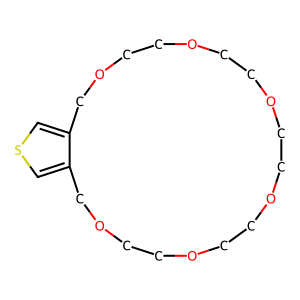
SMILES: c1scc2c1COCCOCCOCCOCCOCCOC2
Inhibits HIV replication: No